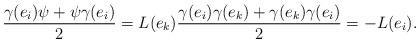
LaTeX: \begin{align*}\frac{\gamma(e_i)\psi+\psi\gamma(e_i)}{2}=L(e_k)\frac{\gamma(e_i)\gamma(e_k)+\gamma(e_k)\gamma(e_i)}{2}=-L(e_i).\end{align*}